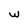
Character: w